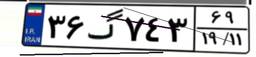
۳۶گ۷۴۳۶۹